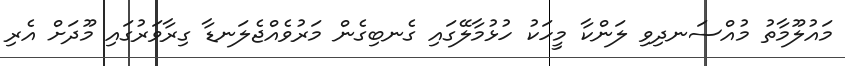
މައުލޫމާތު މުއްސަނދިވި ލަންކާ މީހަކު ހުޅުމާލޭގައި ގެނބިގެން މަރުވެއްޖެލަނޑާ ގިރާވަރުގައި މޫދަށް އެރި